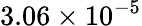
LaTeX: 3.06\times 10^{-5}